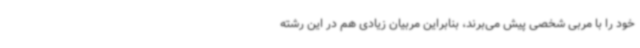
خود را با مربی شخصی پیش می‌برند، بنابراین مربیان زیادی هم در این رشته